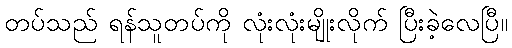
တပ်သည် ရန်သူတပ်ကို လုံးလုံးမျိုးလိုက် ပြီးခဲ့လေပြီ။